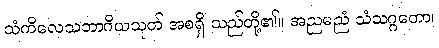
သံကိလေသဘာဂိယသုတ် အစရှိ သည်တို့၏။ အညမညံ သံသဂ္ဂတော၊